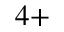
^ { 4 + }